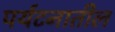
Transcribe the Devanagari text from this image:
पर्यटनातील